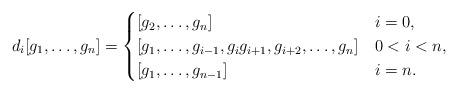
LaTeX: \begin{align*}d_i[g_1,\ldots,g_n] = \begin{cases} [g_2,\ldots,g_n] &i = 0,\\ [g_1,\ldots, g_{i-1},g_i g_{i+1}, g_{i+2},\ldots,g_n] &0<i<n,\\ [g_1,\ldots,g_{n-1}] &i = n.\end{cases}\end{align*}